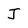
Character: J